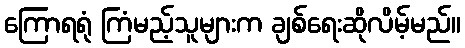
ကြောရရုံ ကြံမည့်သူများက ချစ်ရေးဆိုလိမ့်မည်။